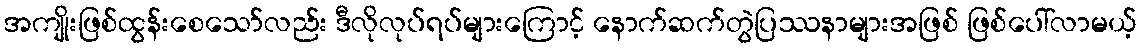
အကျိုးဖြစ်ထွန်းစေသော်လည်း ဒီလိုလုပ်ရပ်များကြောင့် နောက်ဆက်တွဲပြဿနာများအဖြစ် ဖြစ်ပေါ်လာမယ့်